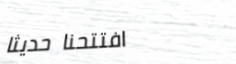
افتتحنا حديثاً